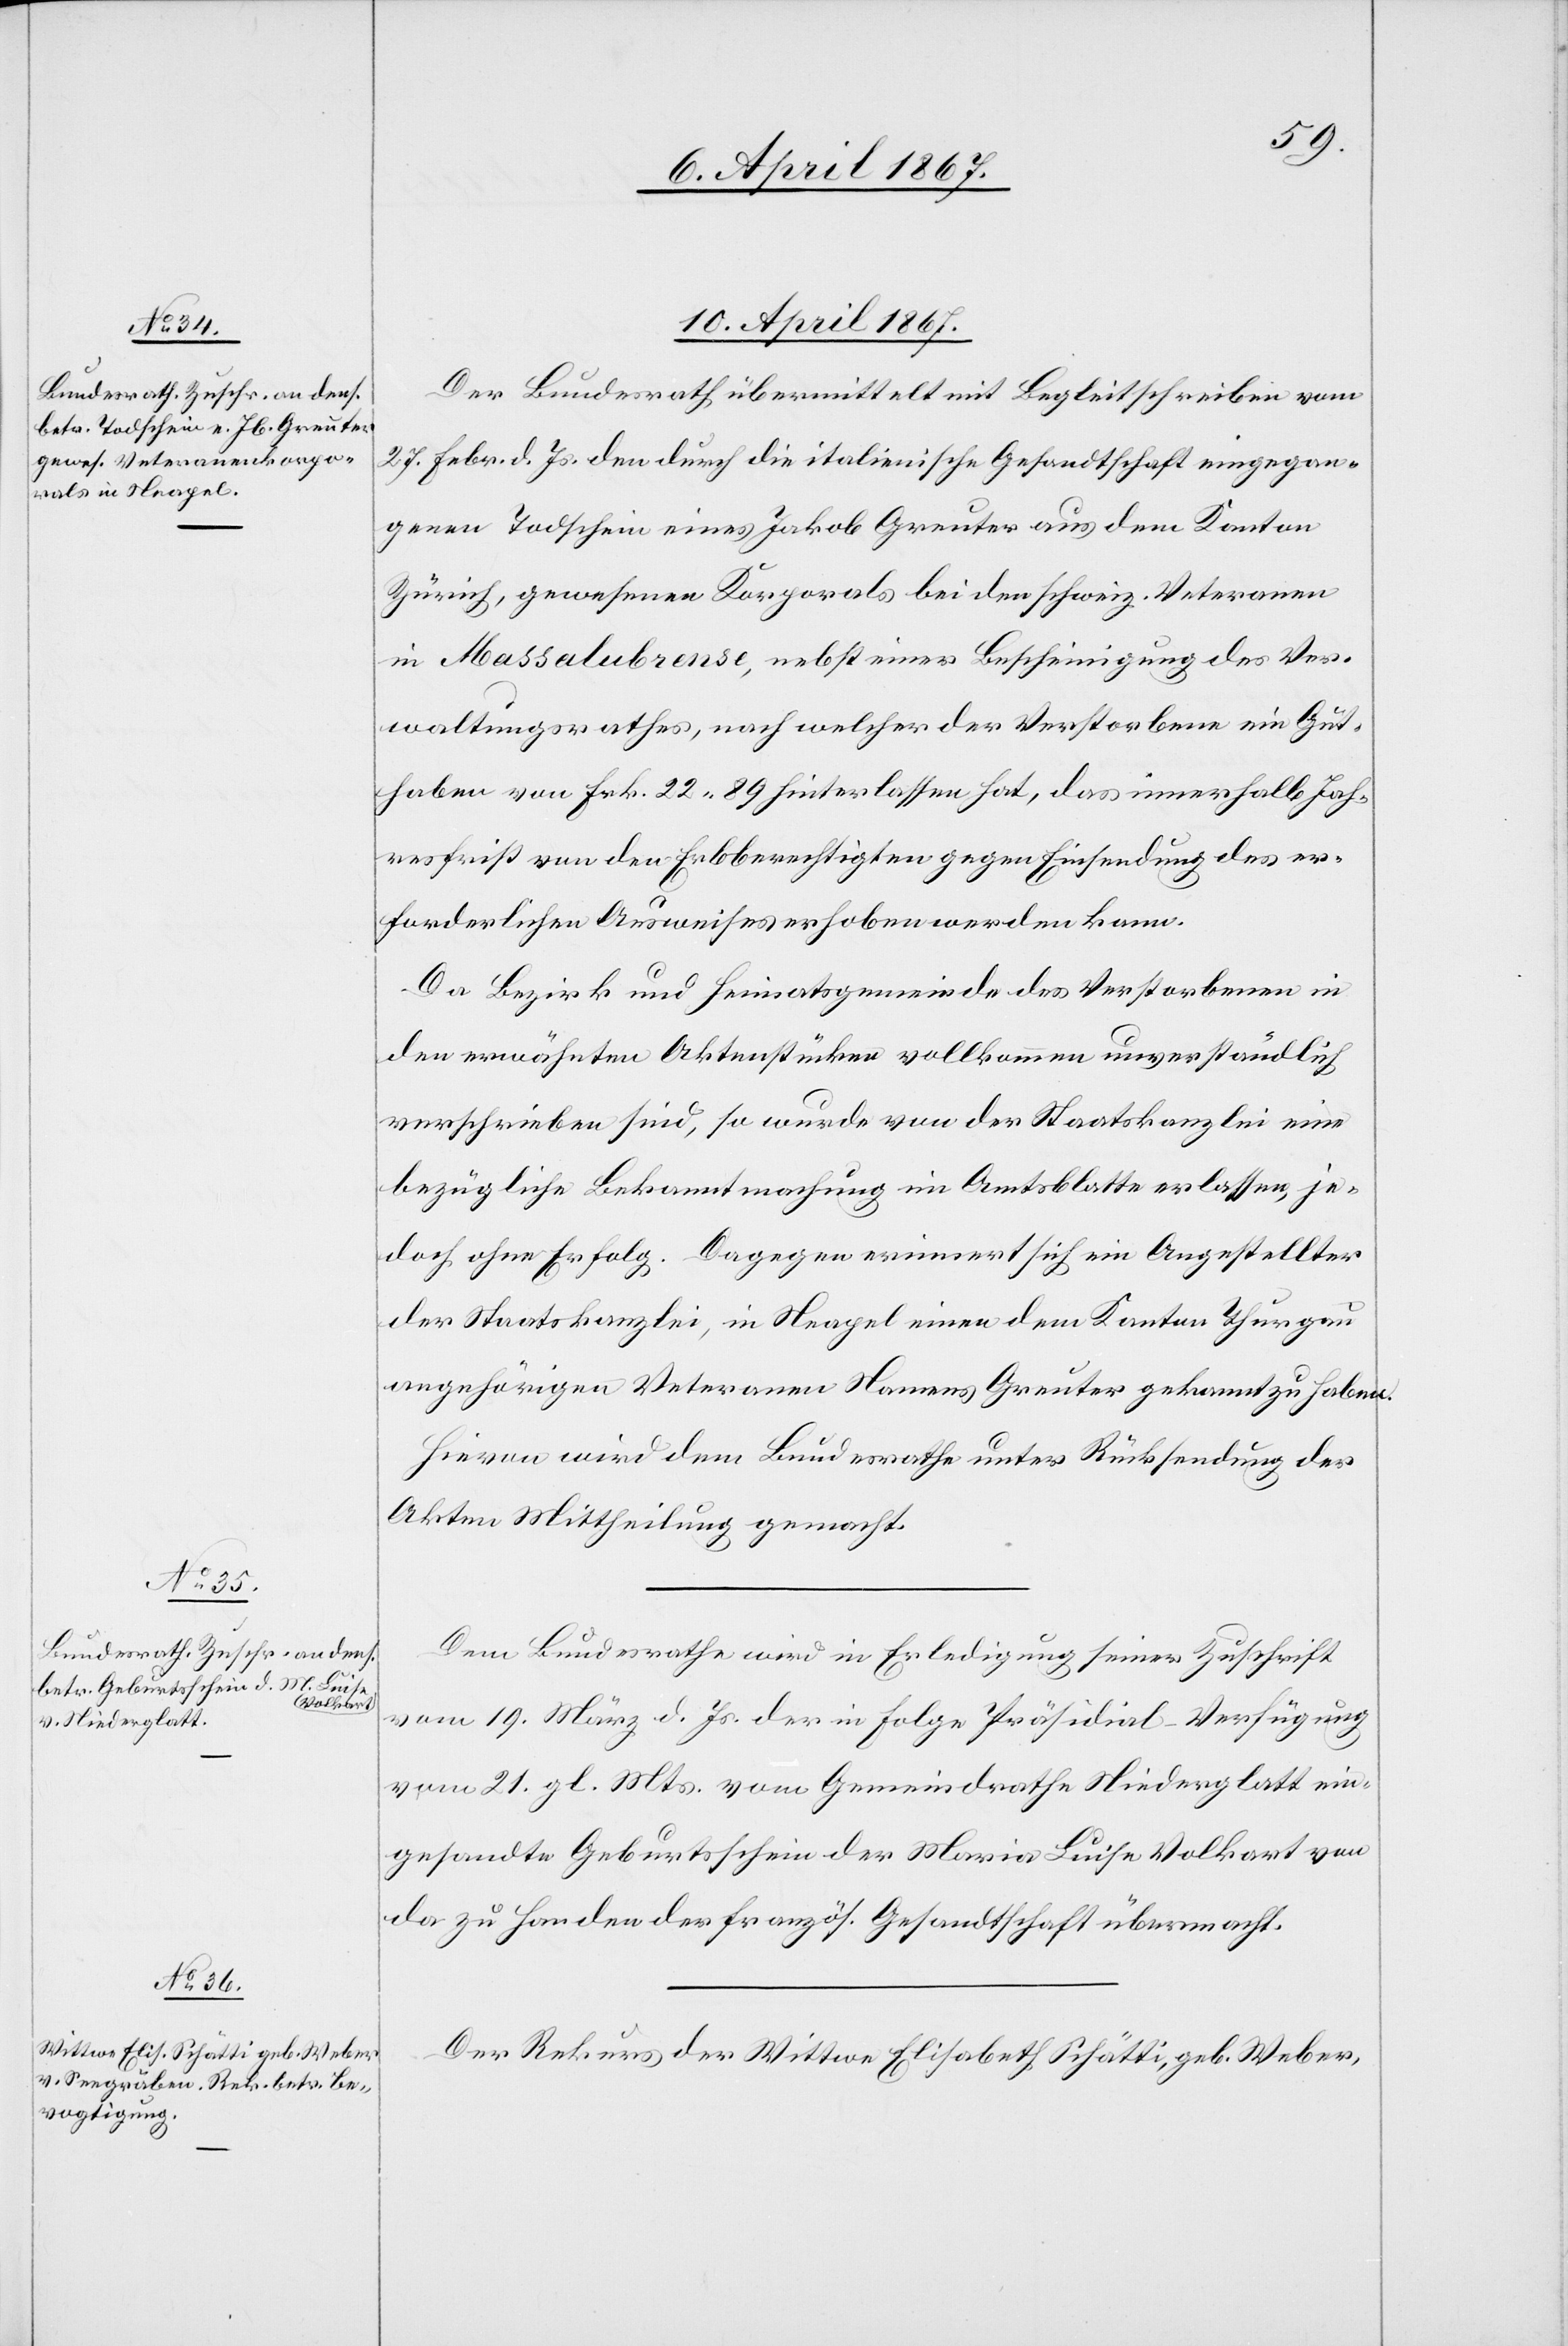
10. April 1867.]
Der Bundesrath übermittelt mit Begleitschreiben vom
27. Febr. d. Js. den durch die italienische Gesandtschaft eingegan¬
genen Todschein eines Jakob Greuter aus dem Kanton
Zürich, gewesenen Korporals bei den schweiz. Veteranen
in Massalubrense, nebst einer Bescheinigung des Ver¬
waltungsrathes, nach welcher der Verstorbene ein Gut¬
haben von Frk. 22,89 hinterlassen hat, das innerhalb Jah¬
resfrist von den Erbberechtigten gegen Einsendung des er¬
forderlichen Ausweises erhoben werden kann.
Da Bezirk und Heimatsgemeinde des Verstorbenen in
den erwähnten Aktenstücken vollkommen unverständlich
verschrieben sind, so wurde von der Staatskanzlei eine
bezügliche Bekanntmachung im Amtsblatte erlassen, je¬
doch ohne Erfolg. Dagegen erinnert sich ein Angestellter
der Staatskanzlei, in Neapel einen dem Kanton Thurgau
angehörigen Veteranen Namens Greuter gekannt zu haben.
Hievon wird dem Bundesrathe unter Rücksendung der
Akten Mittheilung gemacht.
Dem Bundesrathe wird in Erledigung seiner Zuschrift
vom 19. März d. Js. der in Folge Präsidial-Verfügung
vom 21. gl. Mts. vom Gemeindrathe Niederglatt ein¬
gesandte Geburtsschein der Maria Luise Volkart von
da zu Handen der französ. Gesandtschaft übermacht.
Der Rekurs der Wittwe Elisabeth Schätti, geb. Weber,